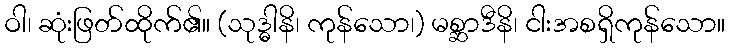
ဝါ၊ ဆုံးဖြတ်ထိုက်၏။ (သုဒ္ဓါနိ၊ ကုန်သော၊) မစ္ဆာဒီနိ၊ ငါးအစရှိကုန်သော။